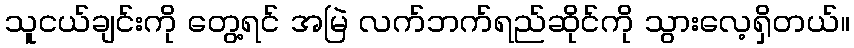
သူငယ်ချင်းကို တွေ့ရင် အမြဲ လက်ဘက်ရည်ဆိုင်ကို သွားလေ့ရှိတယ်။